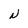
Character: N